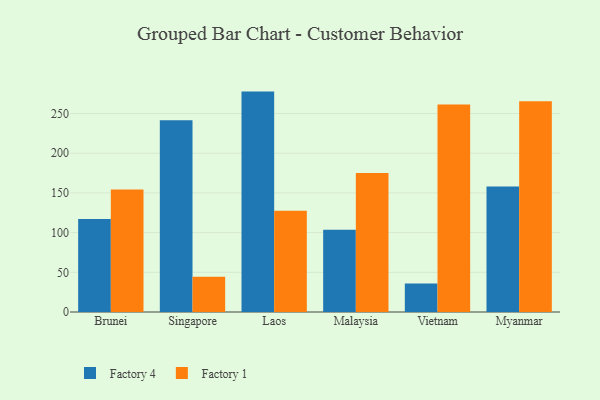
{"axis": {"x": "Country", "y": "LTV (USD)"}, "legend": ["Factory 1", "Factory 4"], "data": [{"x": "Brunei", "y": 117.0, "type": "Factory 4"}, {"x": "Brunei", "y": 154.4, "type": "Factory 1"}, {"x": "Singapore", "y": 241.5, "type": "Factory 4"}, {"x": "Singapore", "y": 44.4, "type": "Factory 1"}, {"x": "Laos", "y": 277.6, "type": "Factory 4"}, {"x": "Laos", "y": 127.5, "type": "Factory 1"}, {"x": "Malaysia", "y": 103.5, "type": "Factory 4"}, {"x": "Malaysia", "y": 175.0, "type": "Factory 1"}, {"x": "Vietnam", "y": 36.0, "type": "Factory 4"}, {"x": "Vietnam", "y": 261.4, "type": "Factory 1"}, {"x": "Myanmar", "y": 158.1, "type": "Factory 4"}, {"x": "Myanmar", "y": 265.3, "type": "Factory 1"}]}